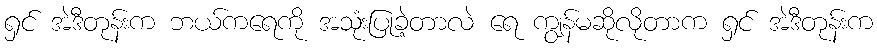
ရှင် အဲဒီတုန်းက ဘယ်ကရေကို အသုံးပြုခဲ့တာလဲ ရေ ကျွန်မဆိုလိုတာက ရှင် အဲဒီတုန်းက